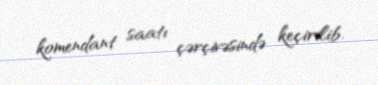
komendant saatı çərçivəsində keçirilib.